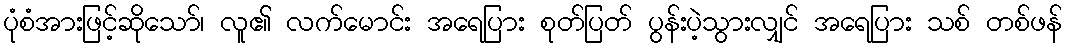
ပုံစံအားဖြင့်ဆိုသော်၊ လူ၏ လက်မောင်း အရေပြား စုတ်ပြတ် ပွန်းပဲ့သွားလျှင် အရေပြား သစ် တစ်ဖန်